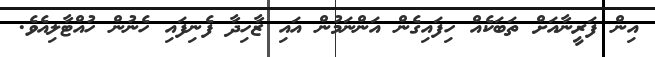
އިން ފަރީނާއަށް ތަބަކެއް ހިފައިގެން އަންނަމުން އައި ޒާހިދާ ފެނިފައި ހެނުން ހުއްޓާލިއެވެ.